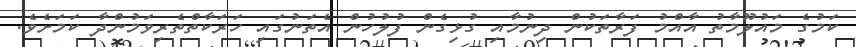
ކަމުގެ މައުލޫމާތު އާއްމު ފަރާތަކުން ދިނުމާއި ގުޅިގެން ފުލުހުން އެތަނުގައި ހަރަކާތްތެރިވަމުންދާ ކަމަށެވެ.